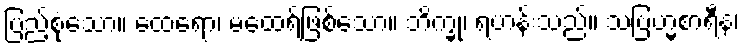
ပြည့်စုံသော။ ထေရော၊ မထေရ်ဖြစ်သော။ ဘိက္ခု၊ ရဟန်းသည်။ သဗြဟ္မစာရီနံ၊